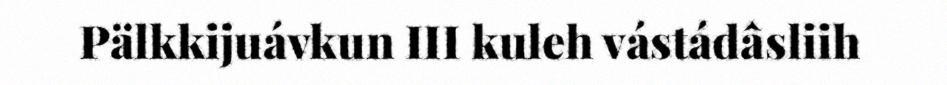
Pälkkijuávkun III kuleh vástádâsliih